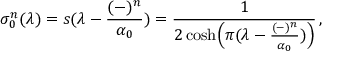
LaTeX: \sigma _ { 0 } ^ { n } ( \lambda ) = s ( \lambda - { \frac { ( - ) ^ { n } } { \alpha _ { 0 } } } ) = { \frac { 1 } { 2 \cosh \Bigl ( \pi ( \lambda - { \frac { ( - ) ^ { n } } { \alpha _ { 0 } } } ) \Bigr ) } } \, ,